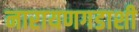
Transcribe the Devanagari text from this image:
नारायणगडाशी